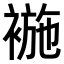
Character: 𧛖